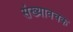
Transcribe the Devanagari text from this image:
संख्यावचक